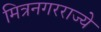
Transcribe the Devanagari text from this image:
मित्रनगरराज्ये